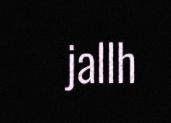
jallh